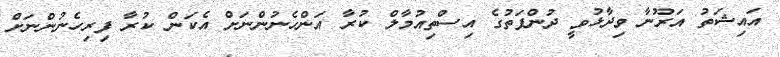
އައިޝަތު އަރޫނާ ވިދާޅުވީ ދުންފަތުގެ އިސްތިއުމާލް ކުރާ އަންހެނުންނަށް އެކަން ކުރާ ފިރިހެނުންނަށް